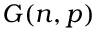
G ( n , p )